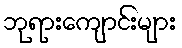
ဘုရားကျောင်းများ